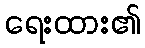
ရေးထား၏